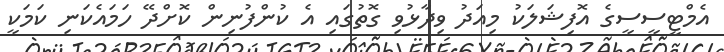
އެމްޓީސީސީގެ އޮފިޝަލަކު މިއަދު ވިދާޅުވި ގޮތުގައި އެ ކުންފުނިން ކޮށްދޭ ހަމައެކަނި ކަމަކީ